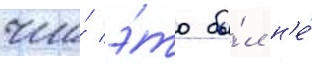
что́ э́то бы́л н'е́